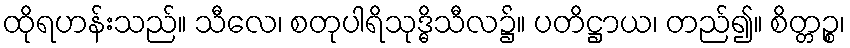
ထိုရဟန်းသည်။ သီလေ၊ စတုပါရိသုဒ္ဓိသီလ၌။ ပတိဋ္ဌာယ၊ တည်၍။ စိတ္တဉ္စ၊